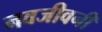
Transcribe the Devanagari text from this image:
नवजीवनी